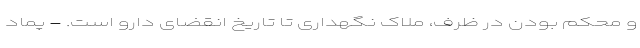
و محکم بودن در ظرف، ملاک نگهداری تا تاریخ انقضای دارو است. - پماد